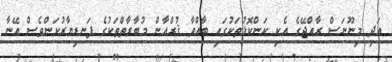
އަދި މިނޫނަސް ރާއްޖޭގެ އެކި ކަންކޮޅުތަކުގައި ބާއްވާ ޤުރްއާން މުބާރާތްތަކުގެ ފަނޑިޔާރުކަންވެސް އޭނާ